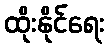
ထိုးနိုင်ရေး